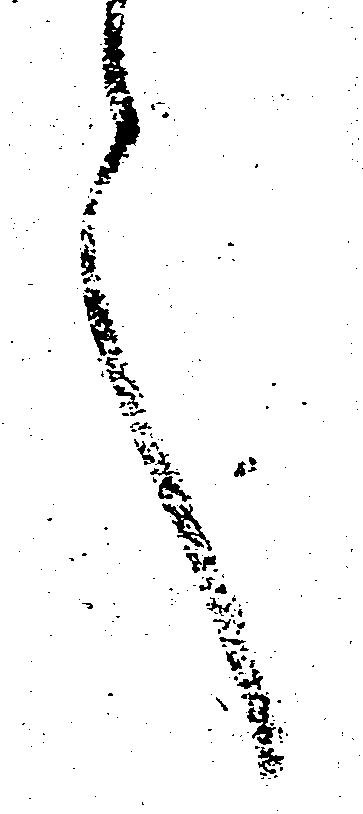
言